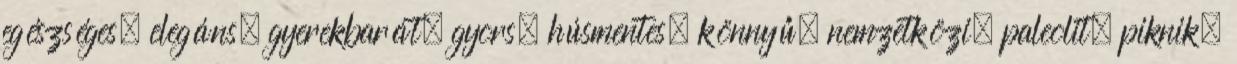
egészséges, elegáns, gyerekbarát, gyors, húsmentes, könnyű, nemzetközi, paleolit, piknik,